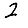
Digit: 2